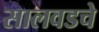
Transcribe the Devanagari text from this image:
सालवडचे